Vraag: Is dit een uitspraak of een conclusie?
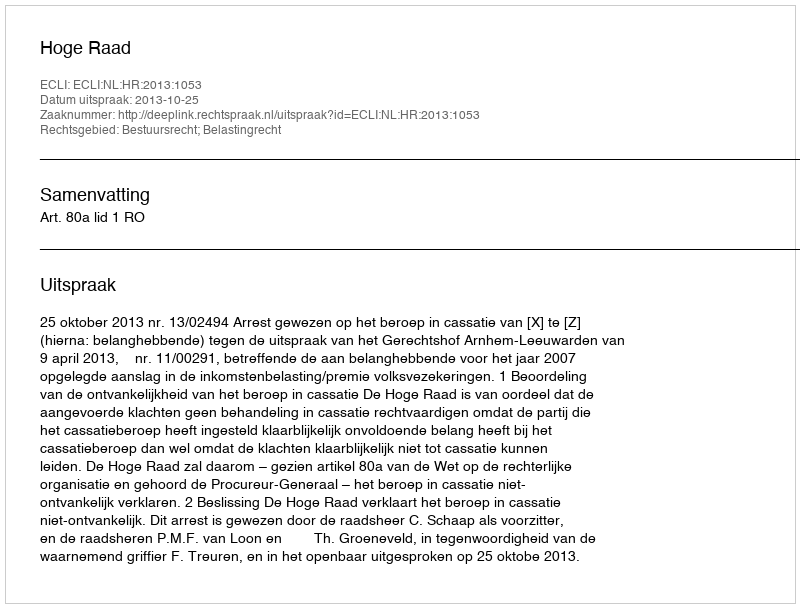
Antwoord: Uitspraak